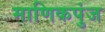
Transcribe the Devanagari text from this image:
माणिकपुंज